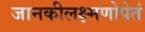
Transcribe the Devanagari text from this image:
जानकीलक्ष्मणोपेतं